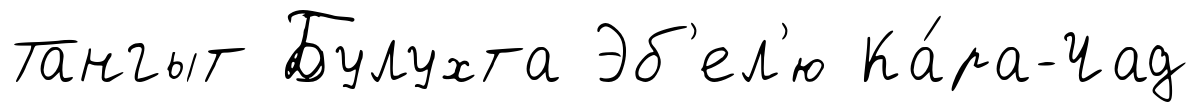
Тангыт Булухта Эб'ел'ю Ка́ра-Чад